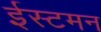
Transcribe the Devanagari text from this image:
ईस्टमन